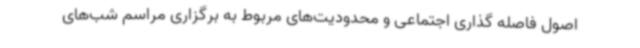
اصول فاصله گذاری اجتماعی و محدودیت‌های مربوط به برگزاری مراسم شب‌های